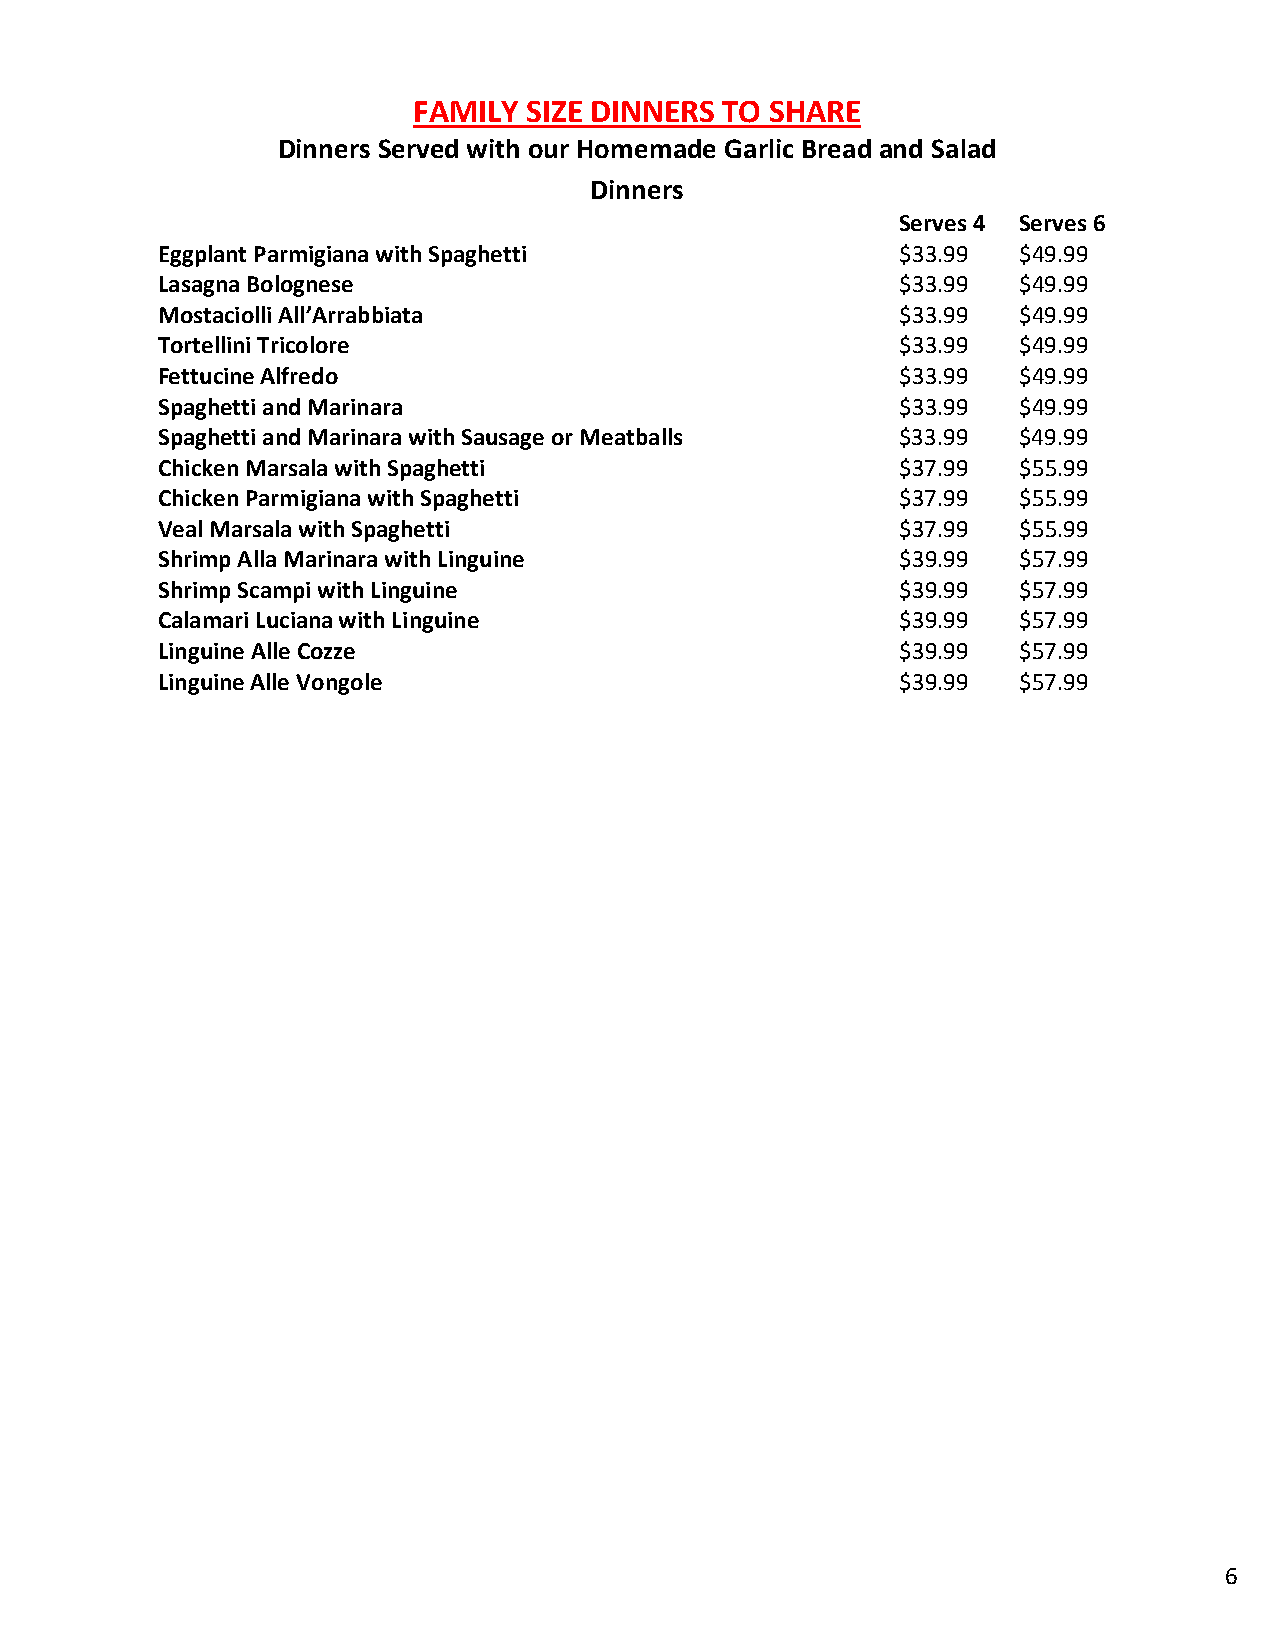
FAMILY  SIZE DINNERS TO SHARE
 Dinners Served with our Homemade Garlic Bread and Salad
 Dinners
 Serves 4 Serves 6
 Eggplant Parmigiana with Spaghetti                $33.99 $49.99
 Lasagna Bolognese                                 $33.99 $49.99
 Mostaciolli All’Arrabbiata                        $33.99 $49.99
 Tortellini Tricolore                              $33.99 $49.99
 Fettucine Alfredo                                 $33.99 $49.99
 Spaghetti and Marinara                            $33.99 $49.99
 Spaghetti and Marinara with Sausage or Meatballs  $33.99 $49.99
 Chicken Marsala with Spaghetti                    $37.99 $55.99
 Chicken Parmigiana with Spaghetti                 $37.99 $55.99
 Veal Marsala with Spaghetti                       $37.99 $55.99
 Shrimp Alla Marinara with Linguine                $39.99 $57.99
 Shrimp Scampi with Linguine                       $39.99 $57.99
 Calamari Luciana with Linguine                    $39.99 $57.99
 Linguine Alle Cozze                               $39.99 $57.99
 Linguine Alle Vongole                             $39.99 $57.99
 6